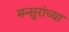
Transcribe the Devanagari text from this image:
मन्सुरांच्या